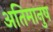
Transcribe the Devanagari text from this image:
अतिमानुष